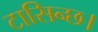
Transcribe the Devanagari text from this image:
टासिन्छ।